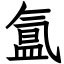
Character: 氲